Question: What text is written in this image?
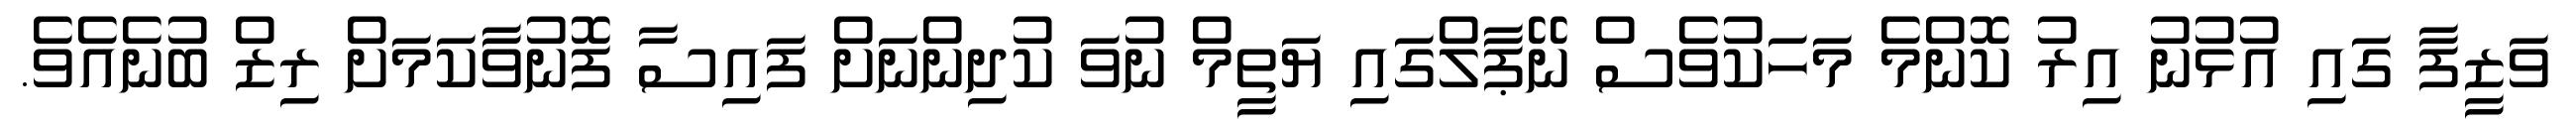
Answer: ވަޒީފާ ގައި އުޅުނު އިރު ކޮންމެ މަހަކުވެސް ނޭޕާލްގައި ޔަތީމް ނުވަ ކުދިންނަށް ފައިސާ ފޮނުވާކަމަށް ރިޒް ބުނެއެވެ.